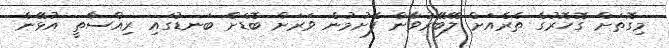
މިގޮތަށް ގޮހޮރުގެ ތެރެއަށް ލޭބޭރުވާން ފެށުމުން ވަރަށް ބޮޑަށް ބަނޑުގައި ރިއްސާތީ އުޅޭނެ